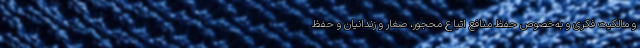
و مالکیت فکری و به‌خصوص حفظ منافع اتباع محجور، صغار و زندانیان و حفظ